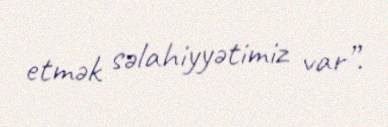
etmək səlahiyyətimiz var”.